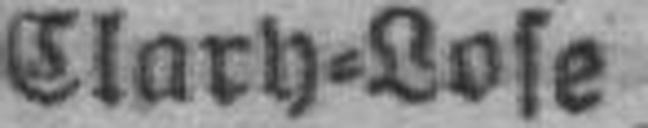
Clarh=Lose